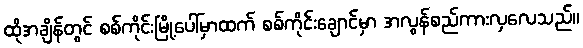
ထိုအချိန်တွင် စစ်ကိုင်းမြို့ပေါ်မှာထက် စစ်ကိုင်းချောင်မှာ အလွန်စည်ကားလှလေသည်။